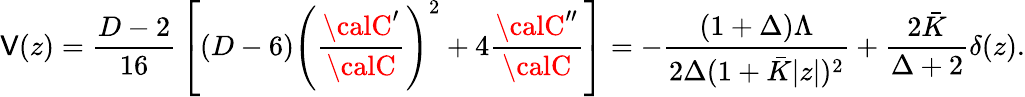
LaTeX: \mathsf{V}(z)={\frac{{D-2}}{{16}}}\left[(D-6)\left({\frac{{{\calC}^{\prime}}}{{\calC}}}\right)^{2}+4{\frac{{{\calC}^{\prime\prime}}}{{\calC}}}\right]=-{\frac{{(1+\Delta)\Lambda}}{{2\Delta(1+\bar{{K}}|z|)^{2}}}}+{\frac{{2\bar{{K}}}}{{\Delta+2}}}\delta(z).